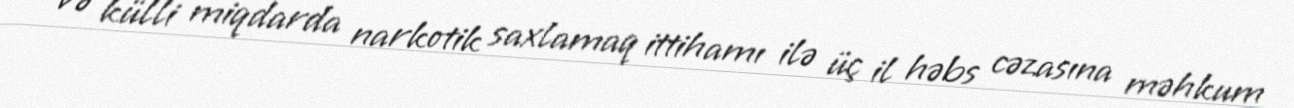
və külli miqdarda narkotik saxlamaq ittihamı ilə üç il həbs cəzasına məhkum